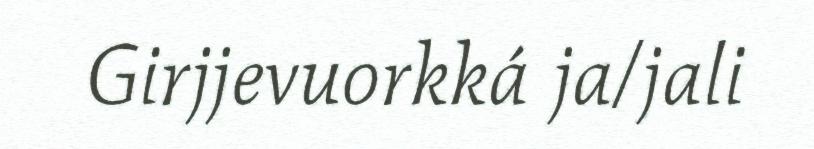
Girjjevuorkká ja/jali